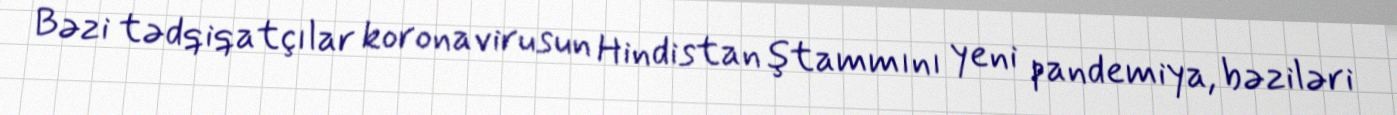
Bəzi tədqiqatçılar koronavirusun Hindistan ştammını yeni pandemiya, bəziləri